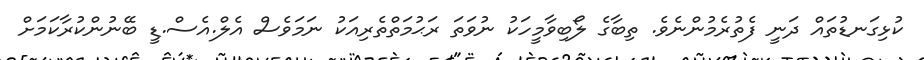
ކުޅިގަނޑުތައް ދަނީ ފެތުރެމުންނެވެ. ތިބާގެ ލޯބިވާމީހަކު ނުވަތަ ރަޙުމަތްތެރިއަކު ނަމަވެސް އެލް.އެސް.ޑީ ބޭނުންކުރާކަމަށް